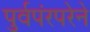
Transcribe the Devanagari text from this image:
पुर्वपंरपरेने